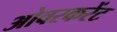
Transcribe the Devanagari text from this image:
ओवरकरेंट